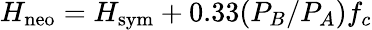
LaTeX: H_{\textrm{neo}}=H_{\textrm{sym}}+0.33(P_{B}/P_{A})f_{c}